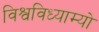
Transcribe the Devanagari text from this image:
विश्वविध्याम्यो